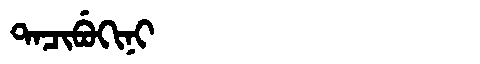
Manchu: ᡨᠠᠴᡳᠪᡠᡴᡳᠨᡳ
Romanization: TACIBUKINI